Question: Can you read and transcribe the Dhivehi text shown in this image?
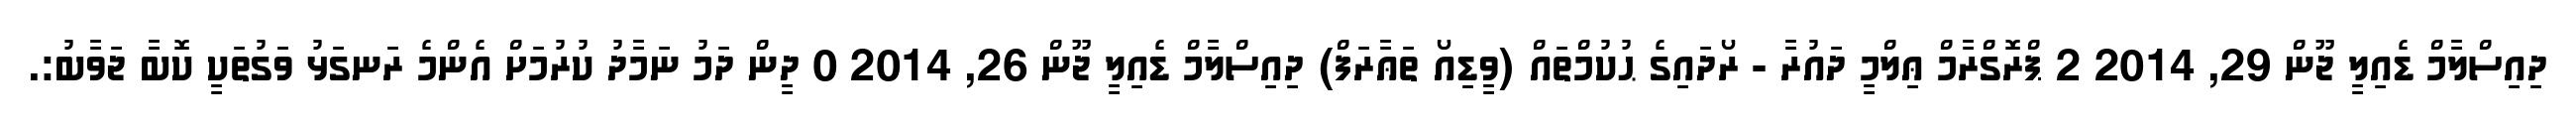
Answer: ދިއިސްލާމް ޑެއިލީ ޖޫން 29, 2014 2 ޕްރޮގްރާމް ޢިލްމީ ދައުރާ - ރޯދައިގެ ޙުކުމްތައް (ވީޑިއޯ ތަޢާރަފް) ދިއިސްލާމް ޑެއިލީ ޖޫން 26, 2014 0 ދީން ދަމު ނަމާދު ކުރުމަށް އެންމެ ރަނގަޅު ވަގުތަކީ ކޮބާ ޖަވާބު:.